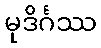
မုဒိင်္ဂဿ